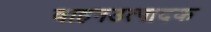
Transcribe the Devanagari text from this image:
वाहनउत्पादक